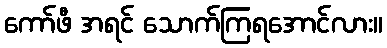
ကော်ဖီ အရင် သောက်ကြရအောင်လား။